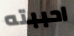
احببته